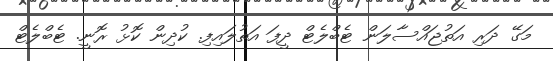
މަގޭ ދަރި އަތުޖައްސާލަން ޓެބްލެޓް ދީފަ އަތުލައިފި. ކުދިން ކޮޅު ރޮނީ. ޓެބްލެޓް